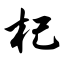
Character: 杞